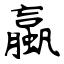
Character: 蠃